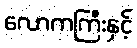
လောကကြီးနှင့်